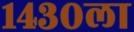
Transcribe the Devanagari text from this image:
१४३०ला